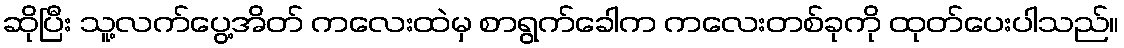
ဆိုပြီး သူ့လက်ပွေ့အိတ် ကလေးထဲမှ စာရွက်ခေါက ကလေးတစ်ခုကို ထုတ်ပေးပါသည်။